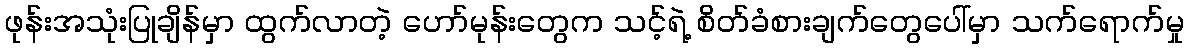
ဖုန်းအသုံးပြုချိန်မှာ ထွက်လာတဲ့ ဟော်မုန်းတွေက သင့်ရဲ့ စိတ်ခံစားချက်တွေပေါ်မှာ သက်ရောက်မှု